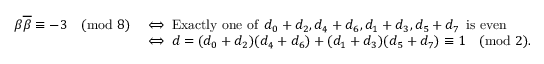
\begin{array} { r l } { \beta \overline { { \beta } } \equiv - 3 \pmod { 8 } } & { \iff \mathrm { E x a c t l y ~ o n e ~ o f } \: \: d _ { 0 } + d _ { 2 } , d _ { 4 } + d _ { 6 } , d _ { 1 } + d _ { 3 } , d _ { 5 } + d _ { 7 } \: \: \mathrm { i s ~ e v e n } } \\ & { \iff d = ( d _ { 0 } + d _ { 2 } ) ( d _ { 4 } + d _ { 6 } ) + ( d _ { 1 } + d _ { 3 } ) ( d _ { 5 } + d _ { 7 } ) \equiv 1 \pmod { 2 } . } \end{array}